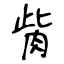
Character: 胔